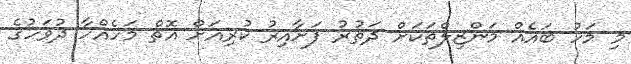
މި މަހު ބައެއް މަންޒިލްތަކަށް ދަތުރު ފަށާއިރު ކުރިއަށް އޮތް މަހެއްހާ ދުވަހުގެ